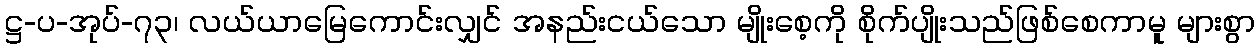
ဋ္ဌ-ပ-အုပ်-၇၃၊ လယ်ယာမြေကောင်းလျှင် အနည်းငယ်သော မျိုးစေ့ကို စိုက်ပျိုးသည်ဖြစ်စေကာမူ များစွာ